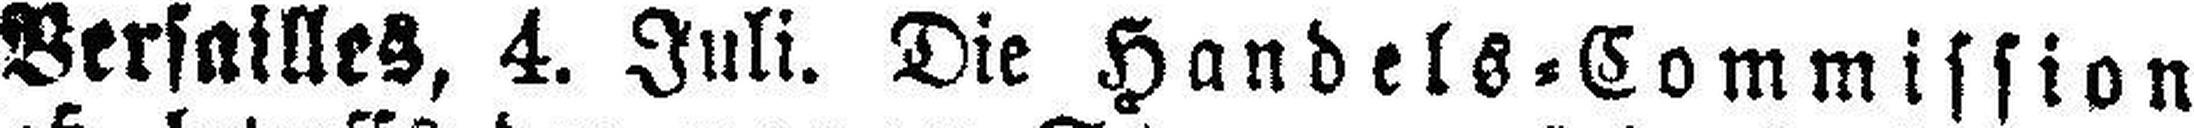
Versailles, 4. Juli. Die Handels=Commission